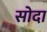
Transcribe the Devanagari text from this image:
सोदा